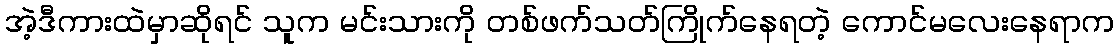
အဲ့ဒီကားထဲမှာဆိုရင် သူက မင်းသားကို တစ်ဖက်သတ်ကြိုက်နေရတဲ့ ကောင်မလေးနေရာက